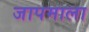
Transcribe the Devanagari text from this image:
जापमाला